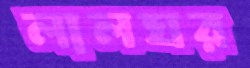
লালঘর